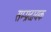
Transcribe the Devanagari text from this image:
सम्‍प्रदायक